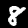
Digit: 8